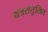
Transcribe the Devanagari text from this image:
यंत्रसंतुलित